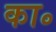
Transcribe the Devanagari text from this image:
का॰